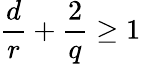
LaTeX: \frac{d}{r}+\frac{2}{q}\geq 1